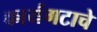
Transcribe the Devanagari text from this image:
कार्यगटाचे